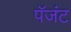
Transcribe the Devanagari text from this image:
पॅजंट